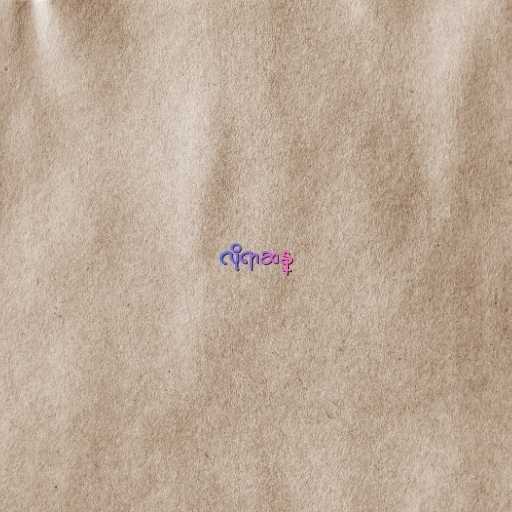
လိုရာဆန္